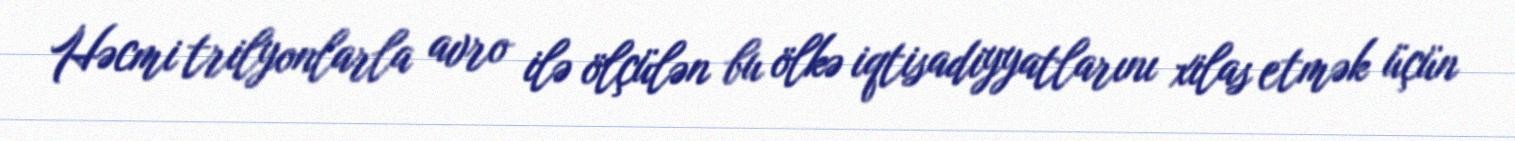
Həcmi trilyonlarla avro ilə ölçülən bu ölkə iqtisadiyyatlarını xilas etmək üçün